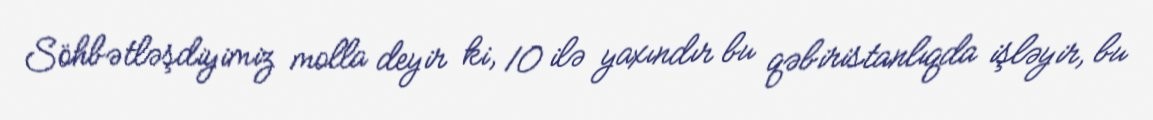
Söhbətləşdiyimiz molla deyir ki, 10 ilə yaxındır bu qəbiristanlıqda işləyir, bu